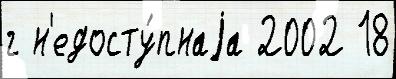
г н'едосту́пнаjа 2002 18